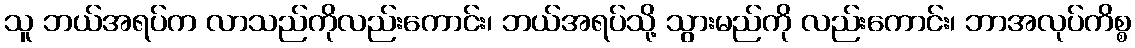
သူ ဘယ်အရပ်က လာသည်ကိုလည်းကောင်း၊ ဘယ်အရပ်သို့ သွားမည်ကို လည်းကောင်း၊ ဘာအလုပ်ကိစ္စ